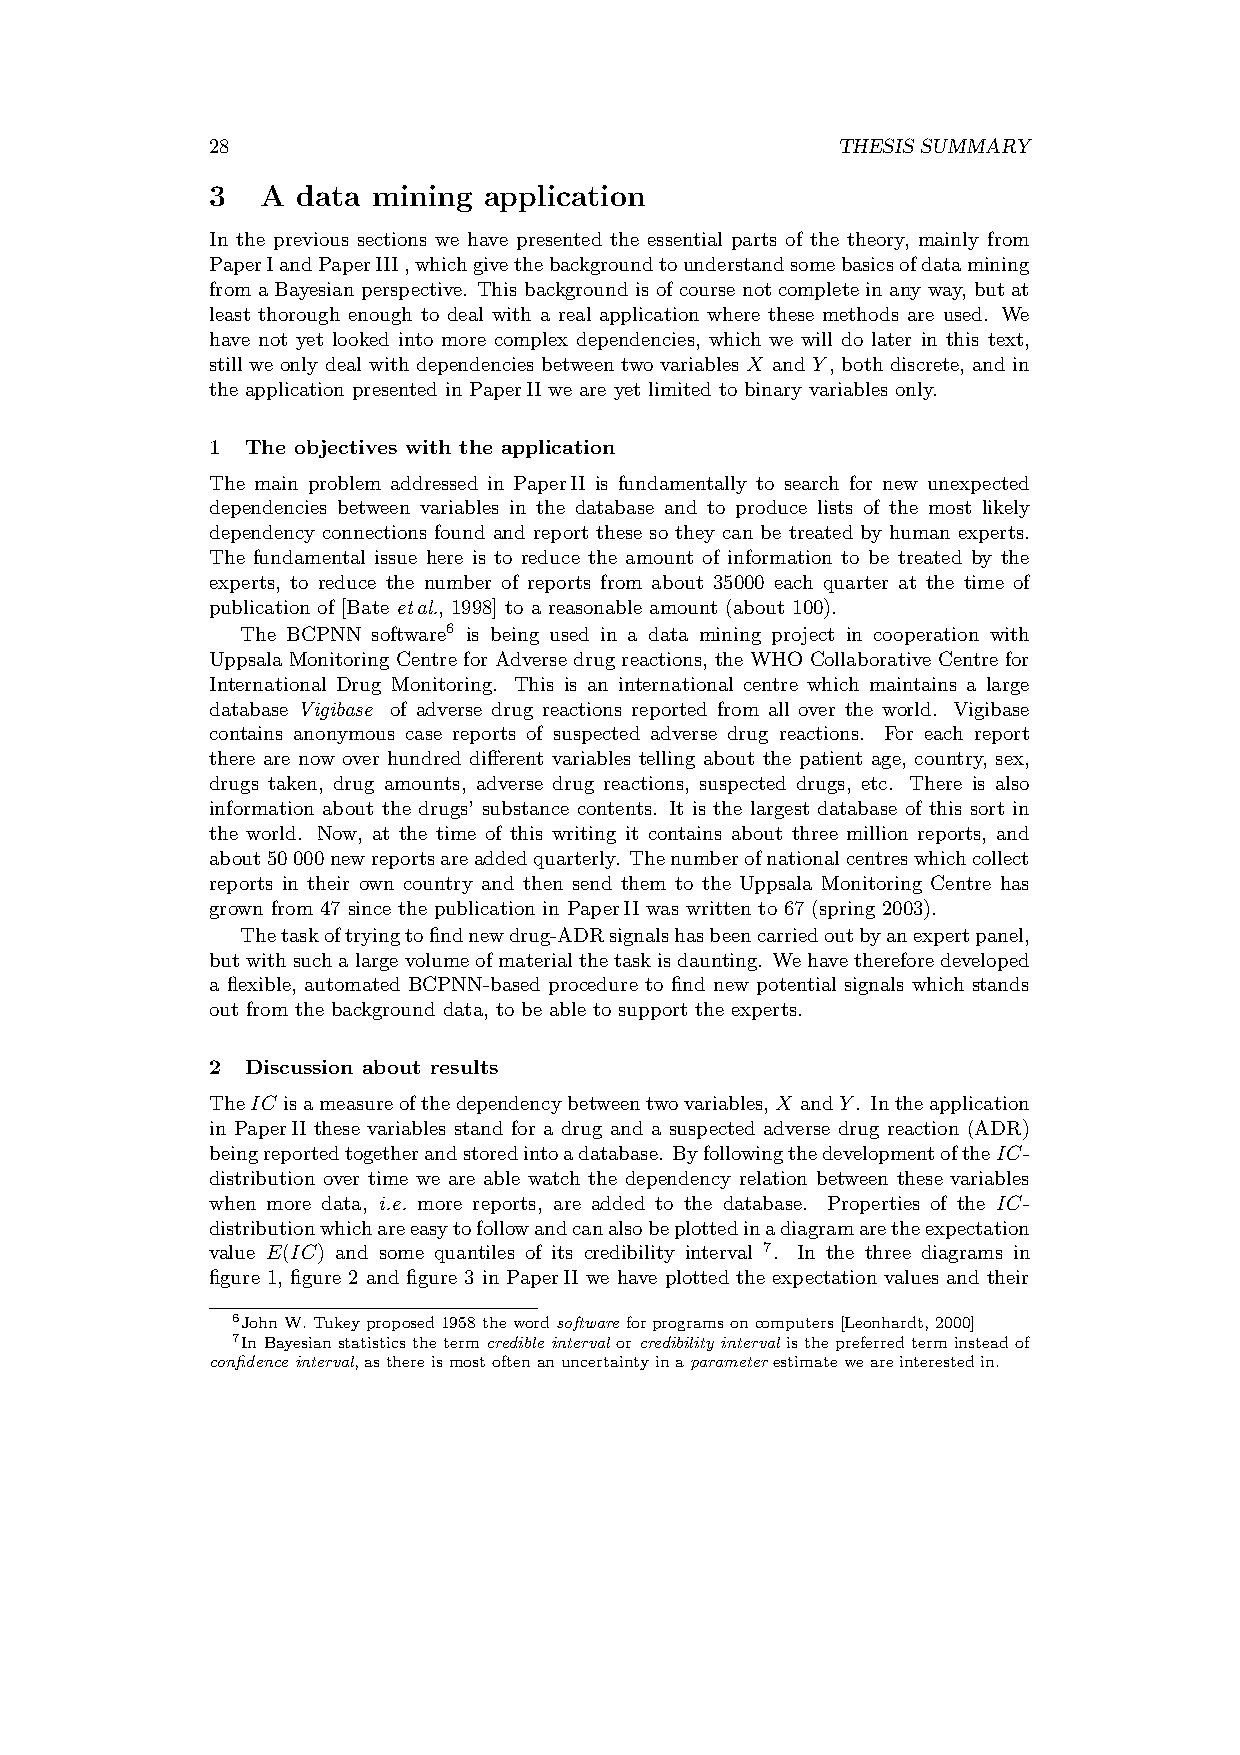
28                                       THESIS SUMMARY
 3  A  data mining application
 In the previous sections we have presented the essential parts of the theory, mainly from
 PaperIandPaperIII,whichgivethebackgroundtounderstandsomebasicsofdatamining
 from a Bayesian perspective. This background is of course not complete in any way, but at
 least thorough enough to deal with a real application where these methods are used. We
 have not yet looked into more complex dependencies, which we will do later in this text,
 still we only deal with dependencies between two variables X and Y, both discrete, and in
 the application presented in PaperII we are yet limited to binary variables only.
 1 The objectives with the application
 The main problem addressed in PaperII is fundamentally to search for new unexpected
 dependencies between variables in the database and to produce lists of the most likely
 dependency connections found and report these so they can be treated by human experts.
 The fundamental issue here is to reduce the amount of information to be treated by the
 experts, to reduce the number of reports from about 35000 each quarter at the time of
 publication of [Bate etal., 1998] to a reasonable amount (about 100).
 The BCPNN software6 is being used in a data mining project in cooperation with
 Uppsala Monitoring Centre for Adverse drug reactions, the WHO Collaborative Centre for
 International Drug Monitoring. This is an international centre which maintains a large
 database Vigibase of adverse drug reactions reported from all over the world. Vigibase
 contains anonymous case reports of suspected adverse drug reactions. For each report
 there are now over hundred different variables telling about the patient age, country, sex,
 drugs taken, drug amounts, adverse drug reactions, suspected drugs, etc. There is also
 information about the drugs’ substance contents. It is the largest database of this sort in
 the world. Now, at the time of this writing it contains about three million reports, and
 about50000newreportsareaddedquarterly. Thenumberofnationalcentreswhichcollect
 reports in their own country and then send them to the Uppsala Monitoring Centre has
 grown from 47 since the publication in PaperII was written to 67 (spring 2003).
 Thetaskoftryingtofindnewdrug-ADRsignalshasbeencarriedoutbyanexpertpanel,
 butwithsuchalargevolumeofmaterialthetaskisdaunting. Wehavethereforedeveloped
 a flexible, automated BCPNN-based procedure to find new potential signals which stands
 out from the background data, to be able to support the experts.
 2 Discussion about results
 TheIC isameasureofthedependencybetweentwovariables,X andY. Intheapplication
 in PaperII these variables stand for a drug and a suspected adverse drug reaction (ADR)
 beingreportedtogetherandstoredintoadatabase. ByfollowingthedevelopmentoftheIC-
 distribution over time we are able watch the dependency relation between these variables
 when more data, i.e. more reports, are added to the database. Properties of the IC-
 distributionwhichareeasytofollowandcanalsobeplottedinadiagramaretheexpectation
 value E(IC) and some quantiles of its credibility interval 7. In the three diagrams in
 figure 1, figure 2 and figure 3 in PaperII we have plotted the expectation values and their
 6JohnW.Tukeyproposed1958thewordsoftwareforprogramsoncomputers[Leonhardt,2000]
 7In Bayesian statistics the term credible interval or credibility interval is the preferred term instead of
 confidence interval,asthereismostoftenanuncertaintyinaparameterestimateweareinterestedin.